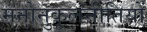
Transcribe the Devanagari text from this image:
मनोनुकूलनीतियों